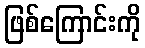
ဖြစ်ကြောင်းကို